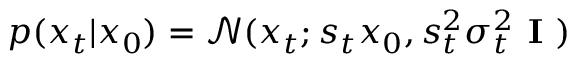
p ( x _ { t } | x _ { 0 } ) = \mathcal { N } ( x _ { t } ; s _ { t } x _ { 0 } , s _ { t } ^ { 2 } \sigma _ { t } ^ { 2 } \textbf { I } )